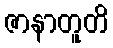
ဇာနာတူတိ